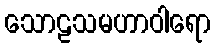
သောဠသမဟာဝါရော